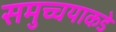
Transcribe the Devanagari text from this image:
समुच्चयाकडे